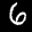
Label: 6